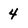
Character: 4